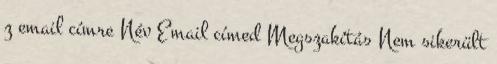
z email címre Név Email címed Megszakítás Nem sikerült